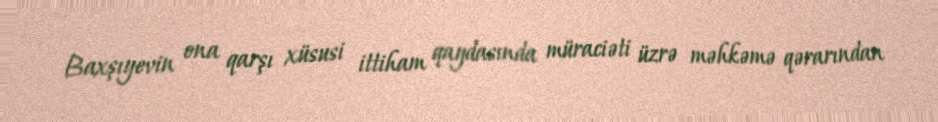
Baxşıyevin ona qarşı xüsusi ittiham qaydasında müraciəti üzrə məhkəmə qərarından